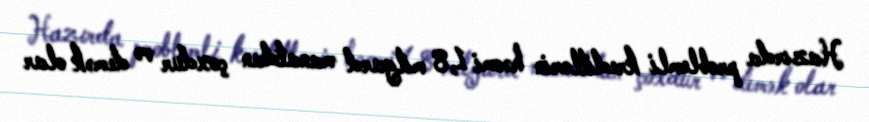
Hazırda problemli kreditlərin həcmi 1,8 milyard manatdan çoxdur və demək olar